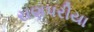
રાણપરીયા